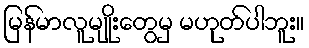
မြန်မာလူမျိုးတွေမှ မဟုတ်ပါဘူး။